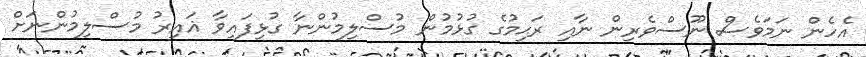
އެހެން ނަމަވެސް ނޫސްވެރިން ނާއި ރަޙިމުގެ ގުޅުމުން މުސްލިމުންނާ ގުޅިފައިވާ ޣައިރު މުސްލިމުންނަށް